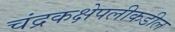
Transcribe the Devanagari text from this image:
चंद्रकक्षेपलीकडील